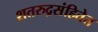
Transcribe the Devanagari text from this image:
शतरुद्रसंहितेत